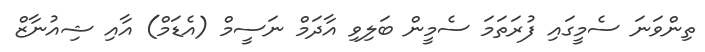
ތިންވަނަ ސެމީގައި ފުރަތަމަ ސެމީން ބަލިވި އާދަމް ނަސީމް (އެޑަމް) އާއި ޝިއުނާޒް